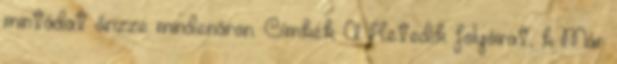
mintádat őrizze mindenáron. Címkék: A Hetedik folyóirat, k Már